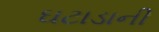
ઘટાડાની